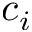
c _ { i }